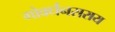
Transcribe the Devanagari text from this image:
गोवर्धनसराय